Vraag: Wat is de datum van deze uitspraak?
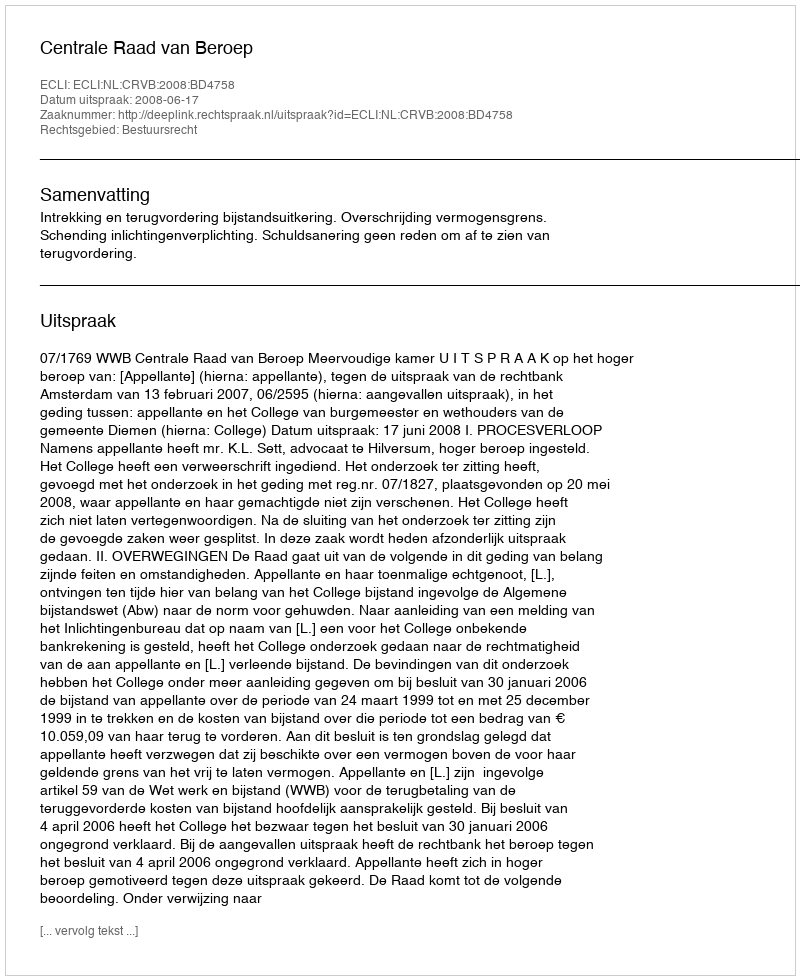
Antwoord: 2008-06-17